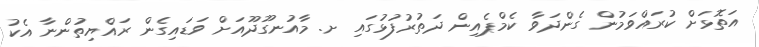
އަތޮޅަށް ކުރައްވަމުން ގެންދަވާ ކެމްޕެއިން ދަތުރުފުޅުގައި ށ. މާއުނގޫދޫއަށް ވަޑައިގެން ރައްޔިތުންނާ އެކު